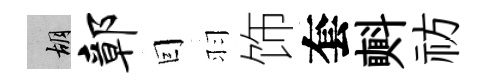
胡鄣囙羽饰套㪺祊